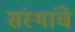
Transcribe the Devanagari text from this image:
संस्‍थांचे